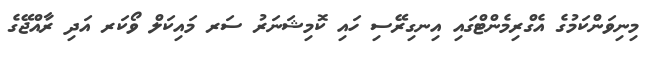
މިނިވަންކަމުގެ އެގްރިމެންޓްގައި އިނގިރޭސި ހައި ކޮމިޝަނަރު ސަރ މައިކަލް ވޯކަރ އަދި ރާއްޖޭގެ